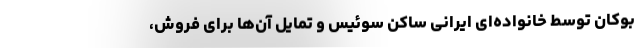
بوکان توسط خانواده‌ای ایرانی ساکن سوئیس و تمایل آن‌ها برای فروش،